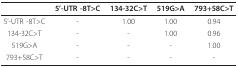
|  | 5'-UTR -8T>C | 134-32C>T | 519G>A | 793+58C>T |
 | --- | --- | --- | --- | --- |
 | 5'-UTR -8T>C | - | 1.00 | 1.00 | 0.94 |
 | 134-32C>T | - | - | 1.00 | 0.96 |
 | 519G>A | - | - | - | 1.00 |
 | 793+58C>T | - | - | - | - |